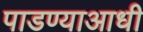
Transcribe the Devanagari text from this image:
पाडण्याआधी